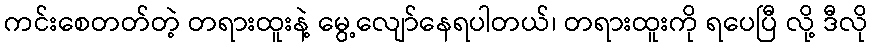
ကင်းစေတတ်တဲ့ တရားထူးနဲ့ မွေ့လျော်နေရပါတယ်၊ တရားထူးကို ရပေပြီ လို့ ဒီလို